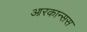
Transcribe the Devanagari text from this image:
आरकान्सस